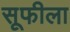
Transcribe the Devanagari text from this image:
सूफीला